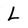
Character: L